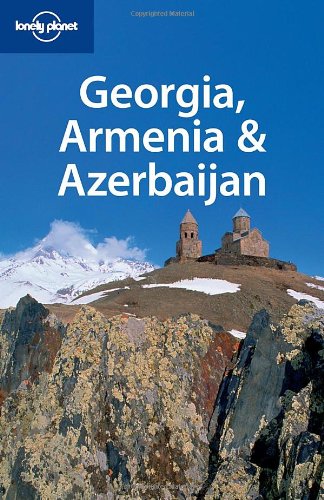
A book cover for Lonely Planet Georgia Armenia & Azerbaijan (Multi Country Travel Guide); John Noble; Travel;